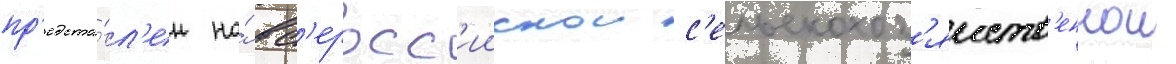
пр'едста́вл'ен на́ вс'еросс'иискои с'ельскохоз'яиств'еннои